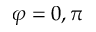
\varphi = 0 , \pi